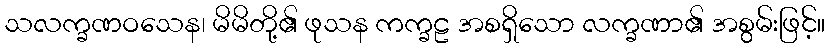
သလက္ခဏဝသေန၊ မိမိတို့၏ ဖုသန ကက္ခဠ အစရှိသော လက္ခဏာ၏ အစွမ်းဖြင့်။